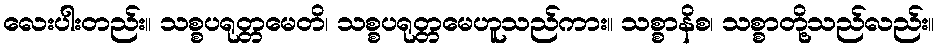
လေးပါးတည်း။ သစ္စပရုတ္တမေတိ၊ သစ္စပရုတ္တမေဟူသည်ကား။ သစ္စာနိစ၊ သစ္စာတို့သည်လည်း။